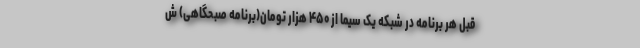
قبل هر برنامه در شبکه یک سیما از ۴۵۰ هزار تومان(برنامه صبحگاهی) ش